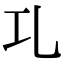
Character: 𠃖